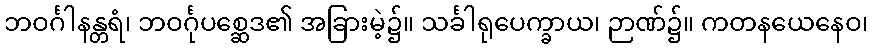
ဘဝင်္ဂါနန္တရံ၊ ဘဝင်္ဂုပစ္ဆေဒ၏ အခြားမဲ့၌။ သင်္ခါရုပေက္ခာယ၊ ဉာဏ်၌။ ကတနယေနေဝ၊